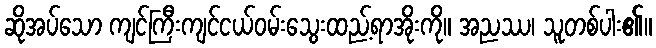
ဆိုအပ်သော ကျင်ကြီးကျင်ငယ်ဝမ်းသွေးထည့်ရာအိုးကို။ အညဿ၊ သူတစ်ပါး၏။